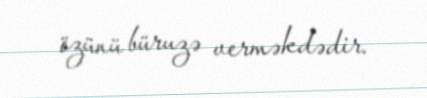
özünü büruzə verməkdədir.